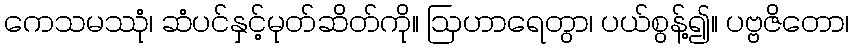
ကေသမဿုံ၊ ဆံပင်နှင့်မုတ်ဆိတ်ကို။ ဩဟာရေတွာ၊ ပယ်စွန့်၍။ ပဗ္ဗဇိတော၊